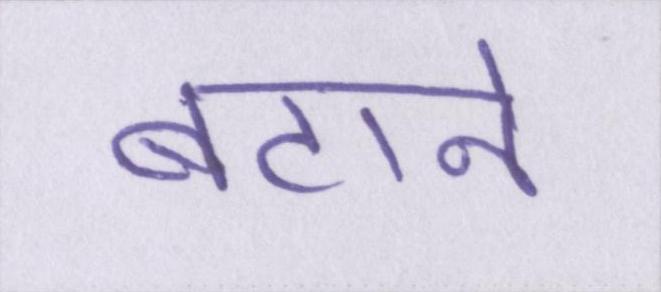
बटाने